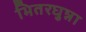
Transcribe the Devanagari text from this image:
भितरघुन्ना